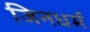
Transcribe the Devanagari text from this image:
जिनधर्म